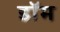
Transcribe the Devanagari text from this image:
डाॅम